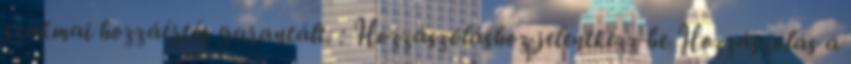
szakmai hozzáértés garantált. : Hozzászóláshoz jelentkezz be Hozzászólás a